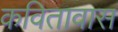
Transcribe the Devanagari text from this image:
कवितावास